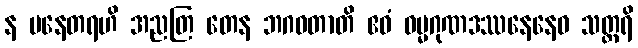
န ပနေတရဟိ အညတြ တေန ဘဂဝတာတိ ဧဝံ ဓမ္မဂုဏဒဿနေနေဝ သတ္ထရိ